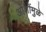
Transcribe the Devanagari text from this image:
ओशोंमुळे